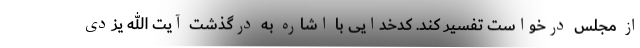
از مجلس درخواست تفسیر کند. کدخدایی با اشاره به درگذشت آیت الله یزدی